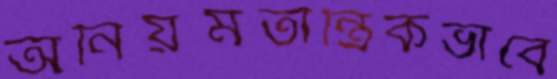
অনিয়মতান্ত্রিকভাবে